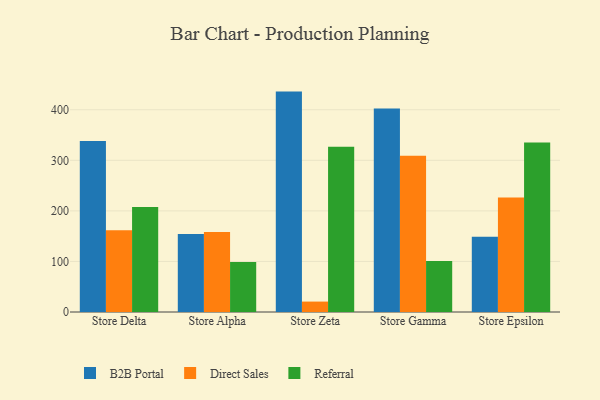
{"axis": {"x": "Store", "y": "Website Visitors"}, "legend": ["B2B Portal", "Direct Sales", "Referral"], "data": [{"x": "Store Delta", "y": 338.1, "type": "B2B Portal"}, {"x": "Store Delta", "y": 161.8, "type": "Direct Sales"}, {"x": "Store Delta", "y": 207.7, "type": "Referral"}, {"x": "Store Alpha", "y": 154.5, "type": "B2B Portal"}, {"x": "Store Alpha", "y": 158.0, "type": "Direct Sales"}, {"x": "Store Alpha", "y": 99.1, "type": "Referral"}, {"x": "Store Zeta", "y": 435.9, "type": "B2B Portal"}, {"x": "Store Zeta", "y": 20.6, "type": "Direct Sales"}, {"x": "Store Zeta", "y": 326.9, "type": "Referral"}, {"x": "Store Gamma", "y": 402.5, "type": "B2B Portal"}, {"x": "Store Gamma", "y": 309.1, "type": "Direct Sales"}, {"x": "Store Gamma", "y": 101.1, "type": "Referral"}, {"x": "Store Epsilon", "y": 148.9, "type": "B2B Portal"}, {"x": "Store Epsilon", "y": 226.5, "type": "Direct Sales"}, {"x": "Store Epsilon", "y": 335.4, "type": "Referral"}]}